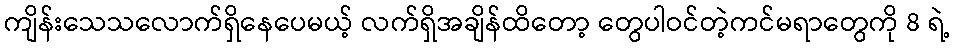
ကျိန်းသေသလောက်ရှိနေပေမယ့် လက်ရှိအချိန်ထိတော့ တွေပါဝင်တဲ့ကင်မရာတွေကို 8 ရဲ့